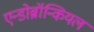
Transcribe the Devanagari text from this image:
एन्डोब्रॉन्कियल